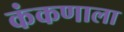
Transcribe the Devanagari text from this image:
कंकणाला